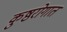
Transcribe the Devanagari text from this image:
कुष्ठरोगात